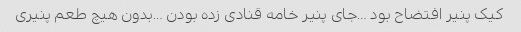
کیک پنیر افتضاح بود …جای پنیر خامه قنادی زده بودن …بدون هیچ طعم پنیری